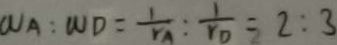
W A : W D = \frac { 1 } { r _ { A } } : \frac { 1 } { r _ { D } } = 2 : 3